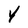
Character: Y